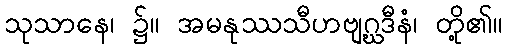
သုသာနေ၊ ၌။ အမနုဿသီဟဗျဂ္ဃဒီနံ၊ တို့၏။